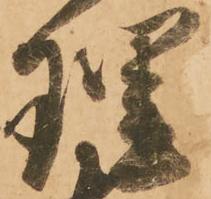
理